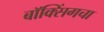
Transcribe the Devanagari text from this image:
बॉक्सिंगचा